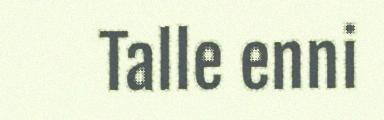
Talle enni